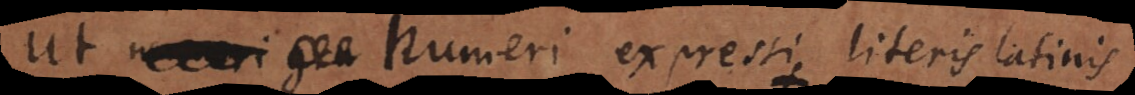
ut numeri expressi literis latinis